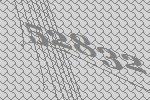
52832